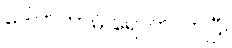
ဒေါက်တာမိ ရောက်လာပြီ။